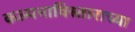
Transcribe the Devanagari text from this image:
कल्पनाविस्ताराच्या